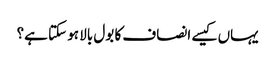
یہاں کیسے انصاف کا بول بالا ہو سکتا ہے؟